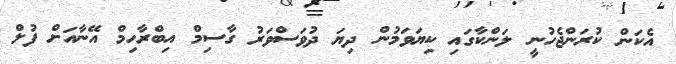
އެކަން ކުރަންޖެހުނީ ލަންކާގައި ކިޔަވަމުން ދިޔަ ދުވަސްވަރު ގާސިމް އިބްރާހިމް އޭނާއަށް ފުލް